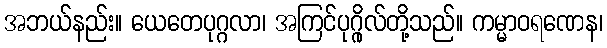
အဘယ်နည်း။ ယေတေပုဂ္ဂလာ၊ အကြင်ပုဂ္ဂိုလ်တို့သည်။ ကမ္မာဝရဏေန၊